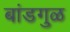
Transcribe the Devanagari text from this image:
बांडगुळ